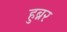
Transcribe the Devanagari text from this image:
हुब्नर